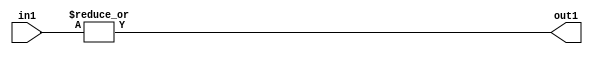
`timescale 1ps / 1ps
/*****************************************************************************
    Verilog RTL Description
    
    
    Created by: CellMath Designer 2019.1.01 
*******************************************************************************/

module fix2float_OrReduction_6U_1U_4_3 (
	in1,
	out1
	); /* architecture "behavioural" */ 
input [5:0] in1;
output  out1;
wire  asc001;

assign asc001 = 
	(|in1);

assign out1 = asc001;
endmodule

/* CADENCE  urXyTA0= : u9/ySgnWtBlWxVPRXgAZ4Og= ** DO NOT EDIT THIS LINE ******/